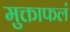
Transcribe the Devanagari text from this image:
मुक्ताफलं